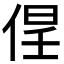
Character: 𱎵